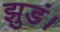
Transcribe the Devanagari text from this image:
झुडं।